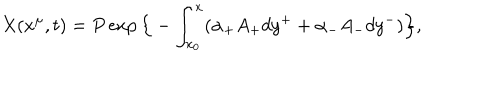
LaTeX: X ( x ^ { \mu } , t ) = P \exp \Big \{ - \int _ { x _ { 0 } } ^ { x } ( \alpha _ { + } A _ { + } d y ^ { + } + \alpha _ { - } A _ { - } d y ^ { - } ) \Big \} ,